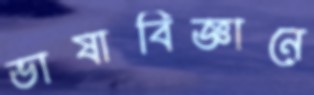
ভাষাবিজ্ঞানে